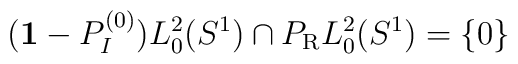
({\bf 1}-P_I^{(0)}) L_0^2(S^1) \cap P_{\rm R} L_0^2(S^1) =\{0\}